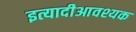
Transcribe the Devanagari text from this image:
इत्यादीआवश्यक